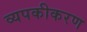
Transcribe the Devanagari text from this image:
व्यपकीकरण